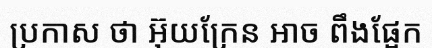
ប្រកាស ថា អ៊ុយក្រែន អាច ពឹងផ្អែក